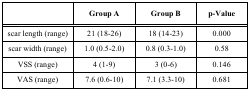
|  | Group A | Group B | p-Value |
 | --- | --- | --- | --- |
 | scar length (range) | 21 (18-26) | 18 (14-23) | 0.000 |
 | scar width (range) | 1.0 (0.5-2.0) | 0.8 (0.3-1.0) | 0.58 |
 | VSS (range) | 4 (1-9) | 3 (0-6) | 0.146 |
 | VAS (range) | 7.6 (0.6-10) | 7.1 (3.3-10) | 0.681 |